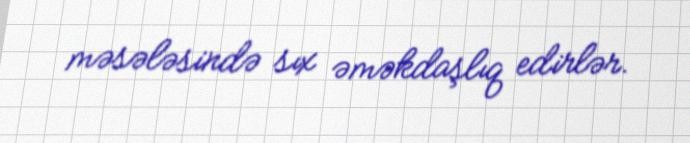
məsələsində sıx əməkdaşlıq edirlər.